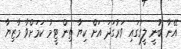
އޭނާ ބުނީ ލީގުގައި ވަރުގަދަ އަށް ކިޔާ ތިން ޓީމު ކަމަށްވާ މާޒިޔާ